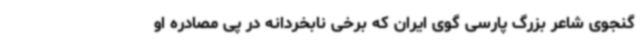
گنجوی شاعر بزرگ پارسی گوی ایران که برخی نابخردانه در پی مصادره او